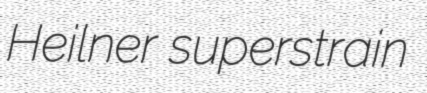
Heilner superstrain